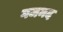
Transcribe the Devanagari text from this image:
गजमद